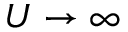
U \to \infty